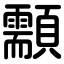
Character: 顬